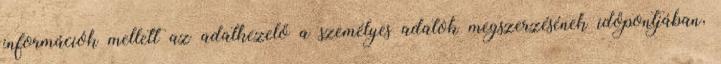
információk mellett az adatkezelő a személyes adatok megszerzésének időpontjában,